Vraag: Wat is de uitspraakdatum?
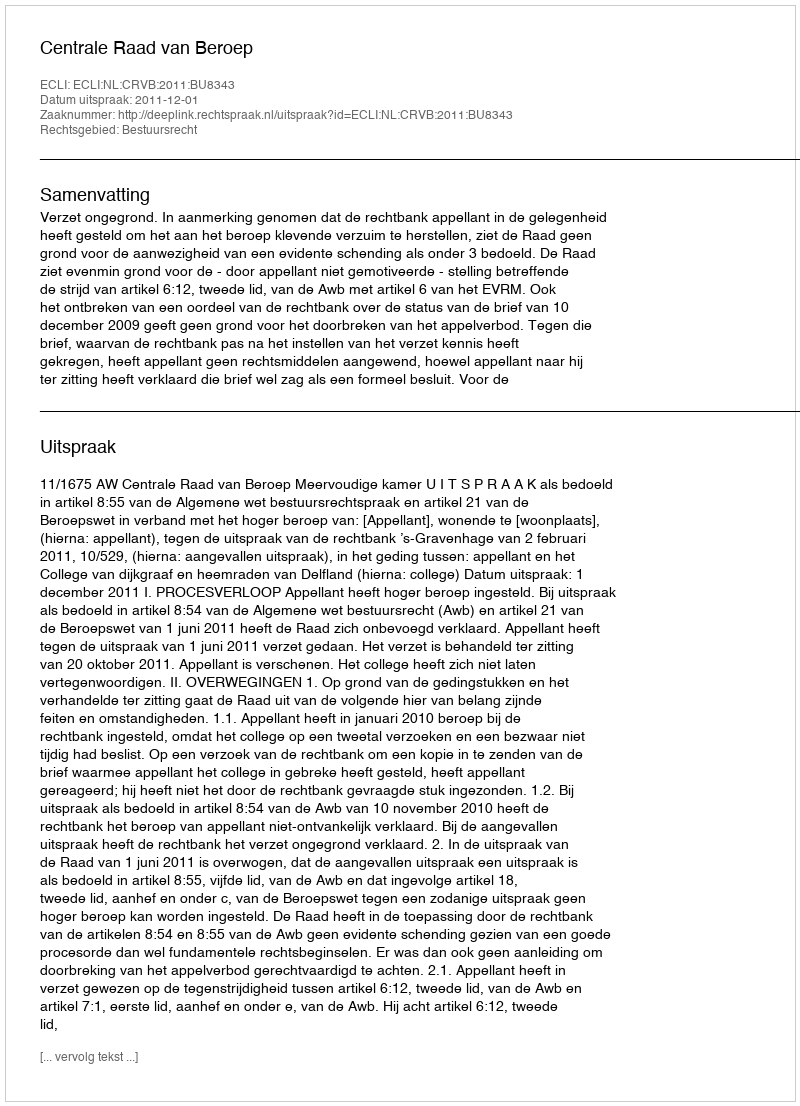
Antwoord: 2011-12-01